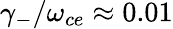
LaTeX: \gamma_{-}/\omega_{ce}\approx 0.01